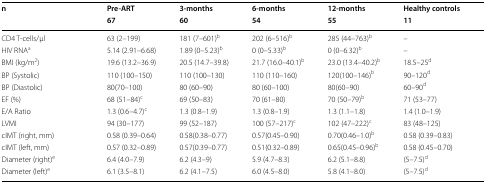
<table><thead><tr><td rowspan="2"><b>n</b></td><td><b>Pre-ART</b></td><td><b>3-months</b></td><td><b>6-months</b></td><td><b>12-months</b></td><td><b>Healthy controls</b></td></tr><tr><td><b>67</b></td><td><b>60</b></td><td><b>54</b></td><td><b>55</b></td><td><b>11</b></td></tr></thead><tbody><tr><td>CD4 T-cells/μl</td><td>63 (2–199)</td><td>181 (7–601)<sup>b</sup></td><td>202 (6–516)<sup>b</sup></td><td>285 (44–763)<sup>b</sup></td><td>–</td></tr><tr><td>HIV RNA<sup>a</sup></td><td>5.14 (2.91–6.68)</td><td>1.89 (0–5.23)<sup>b</sup></td><td>0 (0–5.33)<sup>b</sup></td><td>0 (0–6.32)<sup>b</sup></td><td>–</td></tr><tr><td>BMI (kg/m<sup>2</sup>)</td><td>19.6 (13.2–36.9)</td><td>20.5 (14.7–39.8)</td><td>21.7 (16.0–40.1)<sup>b</sup></td><td>23.0 (13.4–40.2)<sup>b</sup></td><td>18.5–25<sup>d</sup></td></tr><tr><td>BP (Systolic)</td><td>110 (100–150)</td><td>110 (100–130)</td><td>110 (110–160)</td><td>120(100–146)<sup>b</sup></td><td>90–120<sup>d</sup></td></tr><tr><td>BP (Diastolic)</td><td>80(70–100)</td><td>80 (60–90)</td><td>80 (60–100)</td><td>80(60–90)</td><td>60–90<sup>d</sup></td></tr><tr><td>EF (%)</td><td>68 (51–84)<sup>c</sup></td><td>69 (50–83)</td><td>70 (61–80)</td><td>70 (50–79)<sup>b</sup></td><td>71 (53–77)</td></tr><tr><td>E/A Ratio</td><td>1.3 (0.6–4.7)<sup>c</sup></td><td>1.3 (0.8–1.9)</td><td>1.3 (0.8–1.9)</td><td>1.3 (1.1–1.8)</td><td>1.4 (1.0–1.9)</td></tr><tr><td>LVMI</td><td>94 (30–177)</td><td>99 (52–187)</td><td>100 (57–217)<sup>c</sup></td><td>102 (47–222)<sup>c</sup></td><td>83 (48–125)</td></tr><tr><td>cIMT (right, mm)</td><td>0.58 (0.39–0.64)</td><td>0.58(0.38–0.77)</td><td>0.57(0.45–0.90)</td><td>0.70(0.46–1.0)<sup>b</sup></td><td>0.58 (0.39–0.83)</td></tr><tr><td>cIMT (left, mm)</td><td>0.57 (0.32–0.89)</td><td>0.57(0.39–0.77)</td><td>0.51(0.32–0.89)</td><td>0.65(0.45–0.96)<sup>b</sup></td><td>0.58 (0.45–0.70)</td></tr><tr><td>Diameter (right)<sup>e</sup></td><td>6.4 (4.0–7.9)</td><td>6.2 (4.3–9)</td><td>5.9 (4.7–8.3)</td><td>6.2 (5.1–8.8)</td><td>(5–7.5)<sup>d</sup></td></tr><tr><td>Diameter (left)<sup>e</sup></td><td>6.1 (3.5–8.1)</td><td>6.2 (4.1–7.5)</td><td>6.0 (4.5–8.0)</td><td>5.8 (4.1–8.0)</td><td>(5–7.5)<sup>d</sup></td></tr></tbody></table>